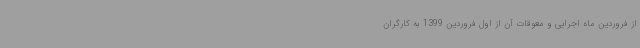
از فروردین ماه اجرایی و معوقات آن از اول فروردین 1399 به کارگران